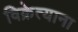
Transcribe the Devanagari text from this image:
विक्रेत्याना